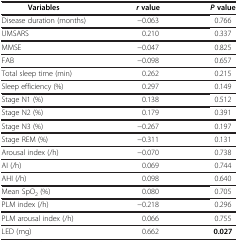
| Variables | r value | P value |
 | --- | --- | --- |
 | Disease duration (months) | −0.063 | 0.766 |
 | UMSARS | 0.210 | 0.337 |
 | MMSE | −0.047 | 0.825 |
 | FAB | −0.098 | 0.657 |
 | Total sleep time (min) | 0.262 | 0.215 |
 | Sleep efficiency (%) | 0.297 | 0.149 |
 | Stage N1 (%) | 0.138 | 0.512 |
 | Stage N2 (%) | 0.179 | 0.391 |
 | Stage N3 (%) | −0.267 | 0.197 |
 | Stage REM (%) | −0.311 | 0.131 |
 | Arousal index (/h) | −0.070 | 0.738 |
 | AI (/h) | 0.069 | 0.744 |
 | AHI (/h) | 0.098 | 0.640 |
 | Mean SpO2 (%) | 0.080 | 0.705 |
 | PLM index (/h) | −0.218 | 0.296 |
 | PLM arousal index (/h) | 0.066 | 0.755 |
 | LED (mg) | 0.662 | 0.027 |